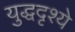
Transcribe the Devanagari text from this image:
युद्धदृश्ये